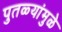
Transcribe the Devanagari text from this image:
पुतळ्यांमुळे